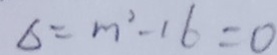
\Delta = m ^ { 2 } - 1 6 = 0